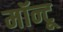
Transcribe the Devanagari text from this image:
मॉन्टू